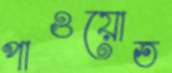
পাওয়োত